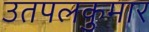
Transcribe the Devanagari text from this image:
उतपलकुमार